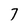
Character: 7